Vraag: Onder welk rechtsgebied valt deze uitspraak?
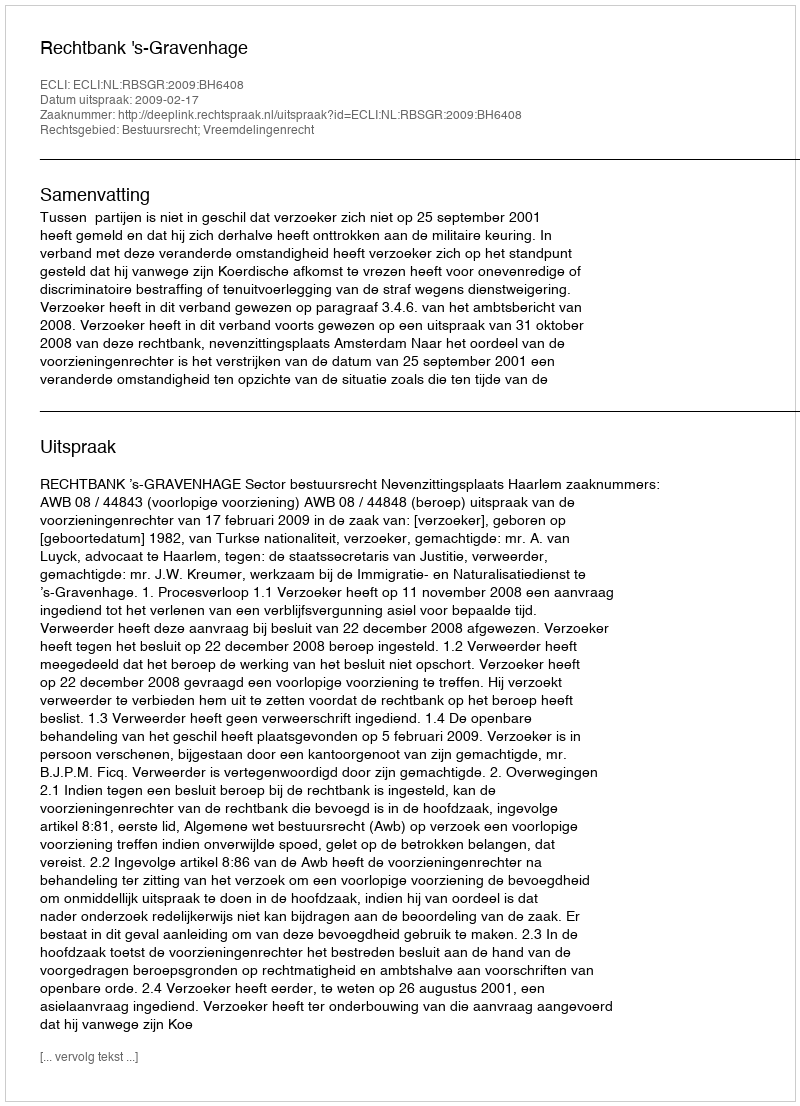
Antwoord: Bestuursrecht; Vreemdelingenrecht